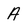
Character: A